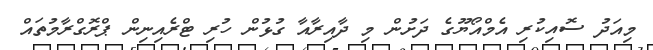
މިއަދު ސޮއިކުރި އެމްއޯޔޫގެ ދަށުން މި ދާއިރާއާ ގުޅުން ހުރި ޓްރެއިނިން ޕްރޮގްރާމުތައް